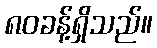
၈၀ခန့်ရှိသည်။